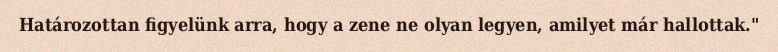
Határozottan figyelünk arra, hogy a zene ne olyan legyen, amilyet már hallottak."